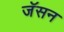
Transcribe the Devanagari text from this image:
जॅसन